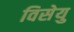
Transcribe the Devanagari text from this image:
विसेयु